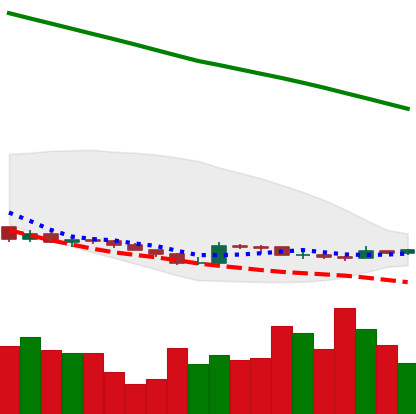
Ticker: XLM-USD
Chart end date: 2019-02-17
Forward return: 13.893%
Label: up_7plus